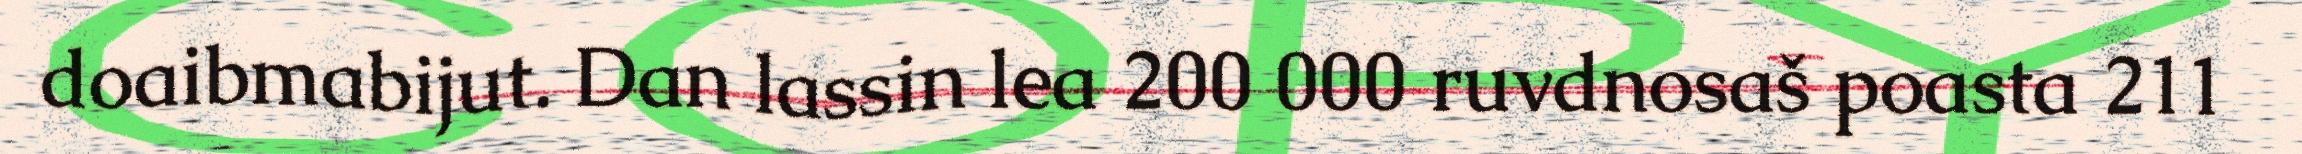
doaibmabijut. Dan lassin lea 200 000 ruvdnosaš poasta 211